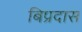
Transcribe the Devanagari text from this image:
बिप्रदास